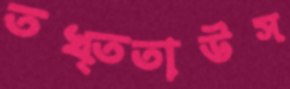
তখ্‌ততাউস